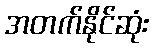
အတက်နိုင်ဆုံး